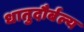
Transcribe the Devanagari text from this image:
धातुदौर्बल्य